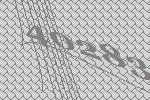
40283